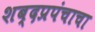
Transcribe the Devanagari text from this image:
शब्दप्रपंचाचा